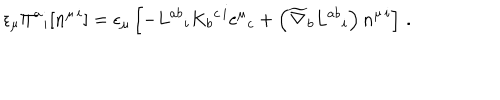
LaTeX: \epsilon _ { \mu } \Pi ^ { a } { } _ { i } [ n ^ { \mu \, i } ] = \epsilon _ { \mu } \left[ - L ^ { a b } { } _ { i } K _ { b } { } ^ { c \, i } e ^ { \mu } { } _ { c } + \left( \widetilde { \nabla } _ { b } L ^ { a b } { } _ { i } \right) n ^ { \mu \, i } \right] \, .